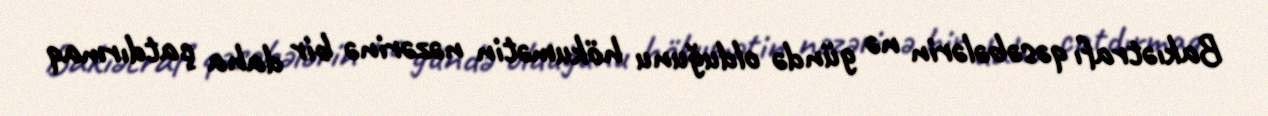
Bakıətrafı qəsəbələrin nə gündə olduğunu hökumətin nəzərinə bir daha çatdırmaq